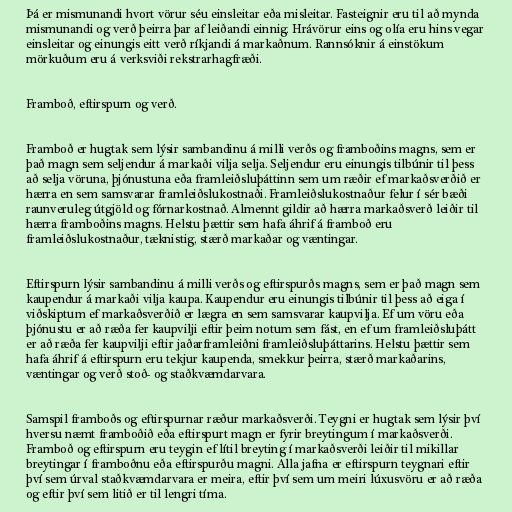
Þá er mismunandi hvort vörur séu einsleitar eða misleitar. Fasteignir eru til að mynda
mismunandi og verð þeirra þar af leiðandi einnig. Hrávörur eins og olía eru hins vegar
einsleitar og einungis eitt verð ríkjandi á markaðnum. Rannsóknir á einstökum
mörkuðum eru á verksviði rekstrarhagfræði.

Framboð, eftirspurn og verð.

Framboð er hugtak sem lýsir sambandinu á milli verðs og framboðins magns, sem er
það magn sem seljendur á markaði vilja selja. Seljendur eru einungis tilbúnir til þess
að selja vöruna, þjónustuna eða framleiðsluþáttinn sem um ræðir ef markaðsverðið er
hærra en sem samsvarar framleiðslukostnaði. Framleiðslukostnaður felur í sér bæði
raunveruleg útgjöld og fórnarkostnað. Almennt gildir að hærra markaðsverð leiðir til
hærra framboðins magns. Helstu þættir sem hafa áhrif á framboð eru
framleiðslukostnaður, tæknistig, stærð markaðar og væntingar.

Eftirspurn lýsir sambandinu á milli verðs og eftirspurðs magns, sem er það magn sem
kaupendur á markaði vilja kaupa. Kaupendur eru einungis tilbúnir til þess að eiga í
viðskiptum ef markaðsverðið er lægra en sem samsvarar kaupvilja. Ef um vöru eða
þjónustu er að ræða fer kaupvilji eftir þeim notum sem fást, en ef um framleiðsluþátt
er að ræða fer kaupvilji eftir jaðarframleiðni framleiðsluþáttarins. Helstu þættir sem
hafa áhrif á eftirspurn eru tekjur kaupenda, smekkur þeirra, stærð markaðarins,
væntingar og verð stoð- og staðkvæmdarvara.

Samspil framboðs og eftirspurnar ræður markaðsverði. Teygni er hugtak sem lýsir því
hversu næmt framboðið eða eftirspurt magn er fyrir breytingum í markaðsverði.
Framboð og eftirspurn eru teygin ef lítil breyting í markaðsverði leiðir til mikillar
breytingar í framboðnu eða eftirspurðu magni. Alla jafna er eftirspurn teygnari eftir
því sem úrval staðkvæmdarvara er meira, eftir því sem um meiri lúxusvöru er að ræða
og eftir því sem litið er til lengri tíma.